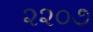
૨૨૦૭